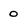
Character: 0